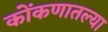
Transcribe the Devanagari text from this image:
कोंकणातल्या